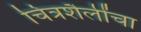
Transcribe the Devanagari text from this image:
चित्रशैलींचा